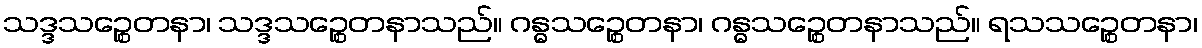
သဒ္ဒသဉ္စေတနာ၊ သဒ္ဒသဉ္စေတနာသည်။ ဂန္ဓသဉ္စေတနာ၊ ဂန္ဓသဉ္စေတနာသည်။ ရသသဉ္စေတနာ၊